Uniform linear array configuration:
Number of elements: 8
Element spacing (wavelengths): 0.75
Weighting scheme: blackman
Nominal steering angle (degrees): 30
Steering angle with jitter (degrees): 29.704
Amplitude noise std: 0.05
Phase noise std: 0.05

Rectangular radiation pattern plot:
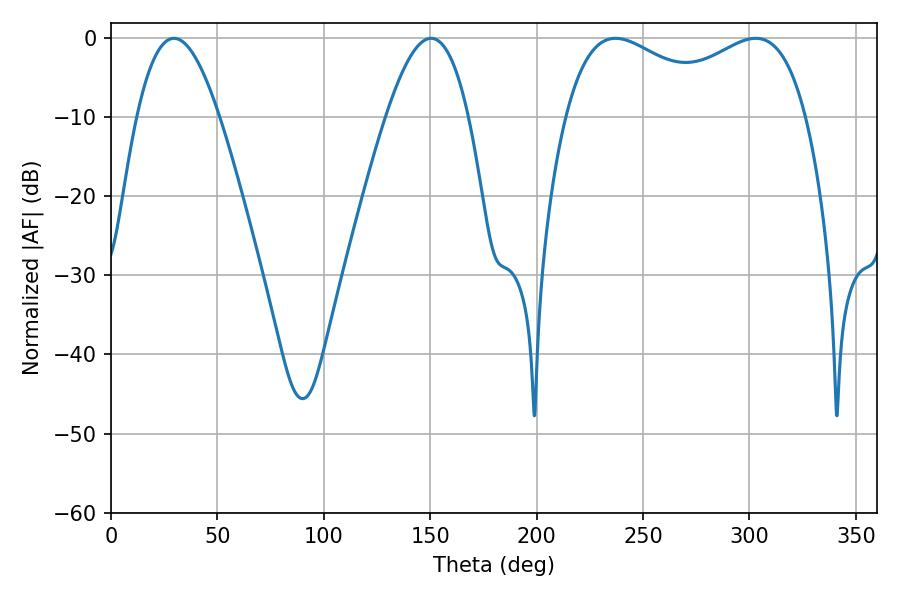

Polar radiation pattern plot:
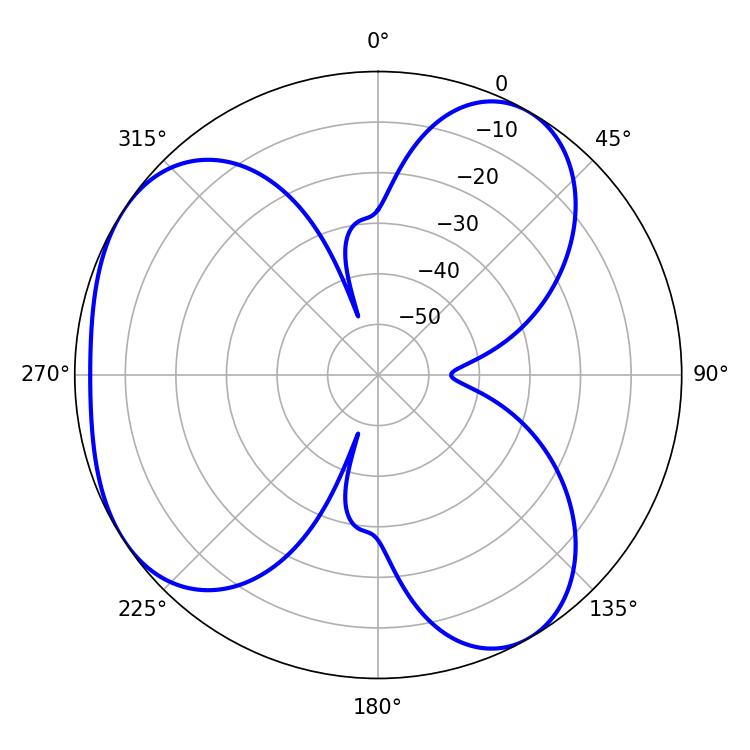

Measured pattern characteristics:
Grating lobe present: TRUE
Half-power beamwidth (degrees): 44.28
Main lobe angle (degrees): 237.06